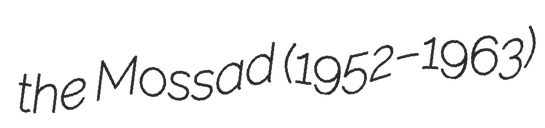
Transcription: the Mossad (1952–1963)